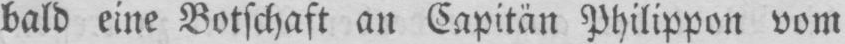
bald eine Botschaft an Capitän Philippon vom